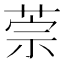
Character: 萗